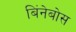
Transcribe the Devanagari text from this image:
बिंनेबोस